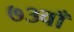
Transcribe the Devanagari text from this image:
७३वाँ